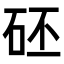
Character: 𥑜